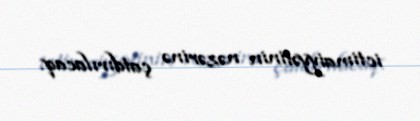
ictimaiyyətinin nəzərinə çatdırılacaq.